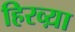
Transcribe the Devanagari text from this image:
हिरव्य़ा